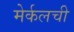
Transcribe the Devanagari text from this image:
मेर्कलची